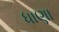
ધાણા